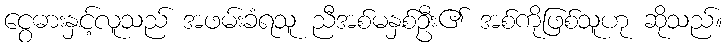
ငွေဓားနှင့်လူသည် အဖမ်းခံရသူ ညီအစ်မနှစ်ဦး၏ အစ်ကိုဖြစ်သူဟု ဆိုသည်။